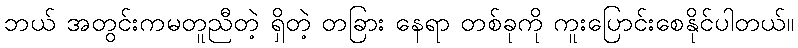
ဘယ် အတွင်းကမတူညီတဲ့ ရှိတဲ့ တခြား နေရာ တစ်ခုကို ကူးပြောင်းစေနိုင်ပါတယ်။